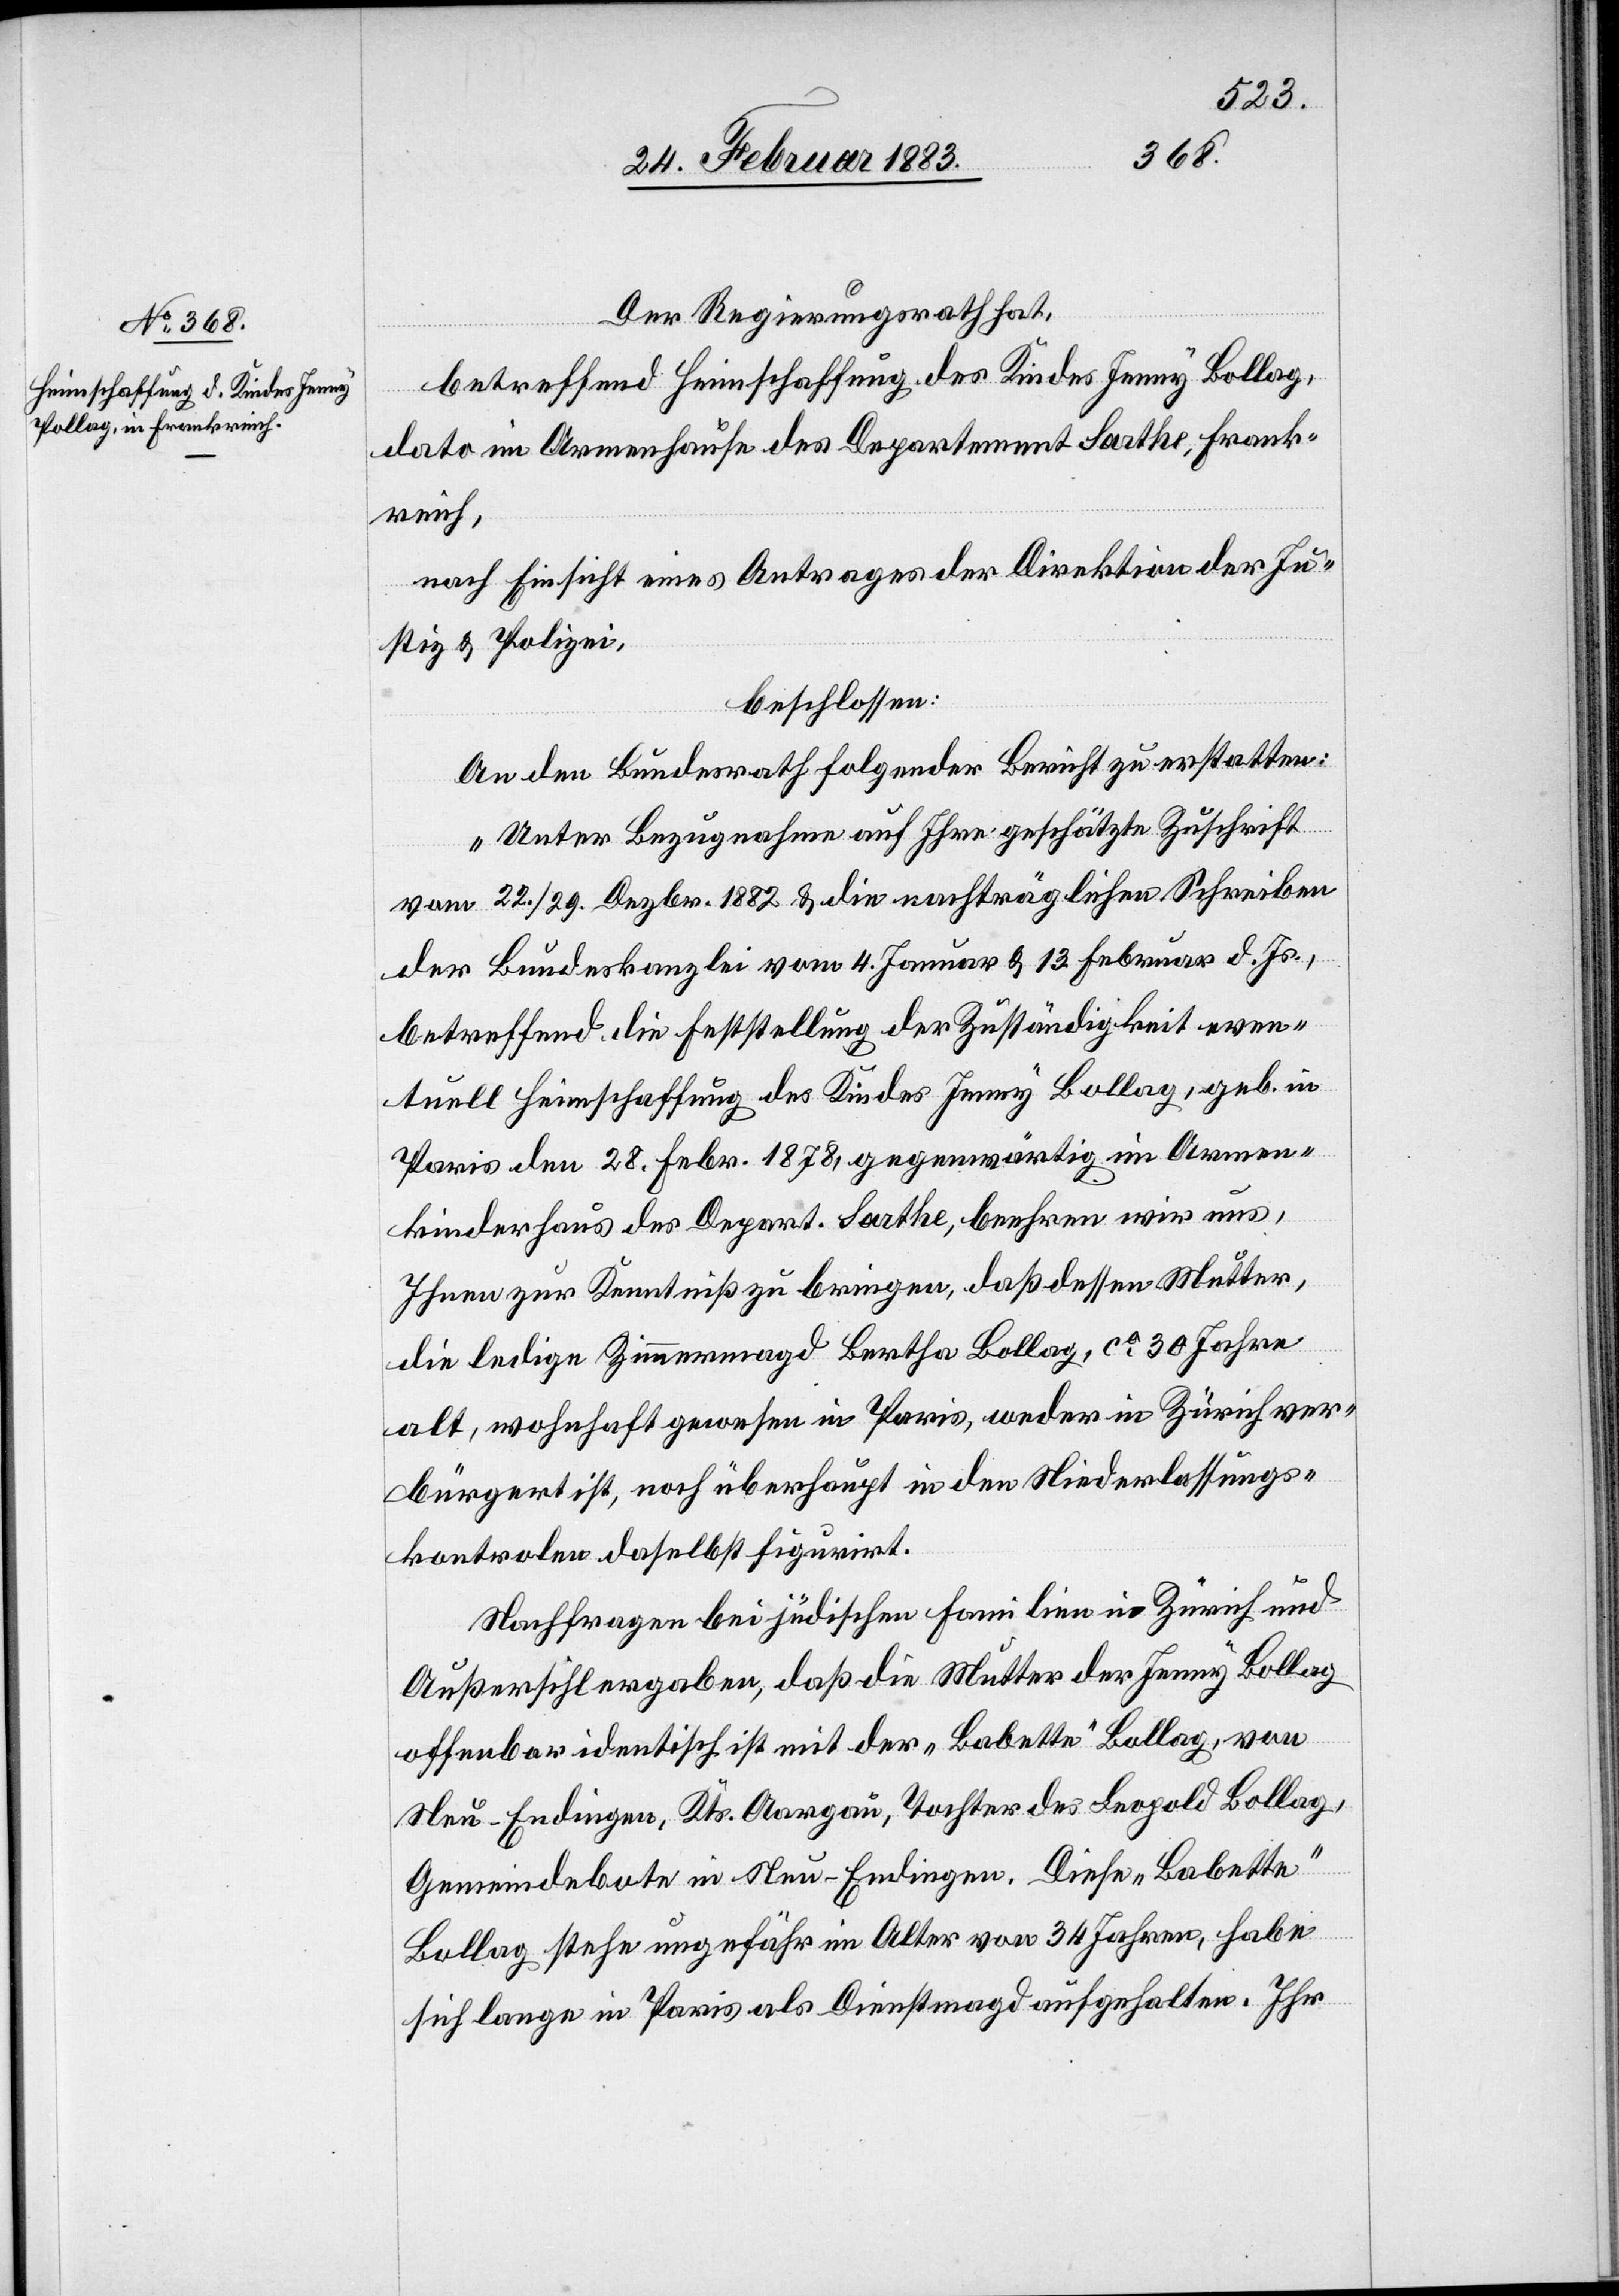
Der Regierungsrath hat,
betreffend Heimschaffung des Kindes Jenny Bollag
dato im Armenhause des Departement Sarthe, Frank¬
reich,
nach Einsicht eines Antrages der Direktion der Ju¬
stiz & Polizei,
beschlossen:
An den Bundesrath folgender [sic!] Bericht zu erstatten:
„Unter Bezugnahme auf Ihre geschätzte Zuschrift
vom 22./29. Dezbr. 1882 & die nachträglichen Schreiben
der Bundeskanzlei vom 4. Januar & 13. Februar d. Js.,
betreffend die Feststellung der Zuständigkeit even¬
tuell Heimschaffung des Kindes Jenny Bollag, geb. in
Paris den 28. Febr. 1878, gegenwärtig im Armen¬
kinderhaus des Depart. Sarthe, beehren wir uns,
Ihnen zur Kenntniß zu bringen, daß dessen Mutter,
die ledige Zimmermagd Bertha Bollag, ca 30 Jahre
alt, wohnhaft gewesen in Paris, weder in Zürich ver¬
bürgert ist, noch überhaupt in den Niederlassungs¬
kontrolen daselbst figurirt.
Nachfragen bei jüdischen Familien in Zürich und
Außersihl ergaben, daß die Mutter der Jenny Bollag
offenbar identisch ist mit der „Babette“ Bollag, von
Neu-Endingen, Kts. Aargau, Tochter des Leopold Bollag,
Gemeindebote in Neu-Endingen. Diese „Babette“
Bollag stehe nun ungefähr im Alter von 34 Jahren, habe
sich lange in Paris als Dienstmagd aufgehalten. Ihr